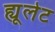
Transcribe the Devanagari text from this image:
ह्यूलेट